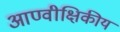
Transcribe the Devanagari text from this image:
आण्वीक्षिकीय